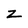
Character: z